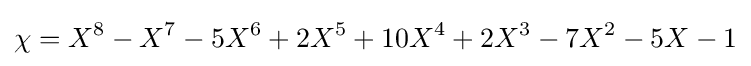
\chi =X^{8}-X^{7}-5X^{6}+2X^{5}+10X^{4}+2X^{3}-7X^{2}-5X-1